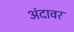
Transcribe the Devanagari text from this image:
अंदावर